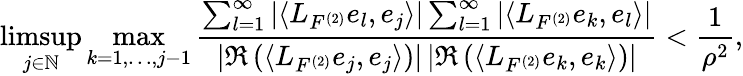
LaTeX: \operatorname*{limsup}_{j\in\mathbb{N}}\operatorname*{max}_{k=1,\dots,j-1}\frac{\sum_{l=1}^{\infty}\left|\left\langle L_{F^{(2)}}e_{l},e_{j}\right\rangle\right|\sum_{l=1}^{\infty}\left|\left\langle L_{F^{(2)}}e_{k},e_{l}\right\rangle\right|}{\left|\Re\left(\left\langle L_{F^{(2)}}e_{j},e_{j}\right\rangle\right)\right|\left|\Re\left(\left\langle L_{F^{(2)}}e_{k},e_{k}\right\rangle\right)\right|}<\frac{1}{\rho^{2}},